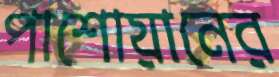
পাশোয়ানের